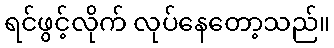
ရင်ဖွင့်လိုက် လုပ်နေတော့သည်။